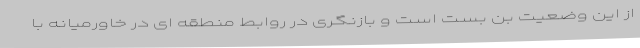
از این وضعیت بن بست است و بازنگری در روابط منطقه ای در خاورمیانه با